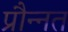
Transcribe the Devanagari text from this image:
प्रौन्‍नत